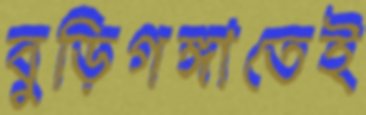
বুড়িগঙ্গাতেই